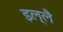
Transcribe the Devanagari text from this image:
इल्लै